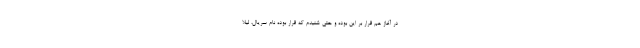
در آغاز هم قرار بر این بوده و حتی شنیدم که قرار بوده نام سریال، لیلا